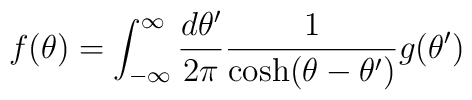
f(\theta)=\int_{-\infty}^{\infty} {d\theta'\over 2\pi} {1\over\cosh(\theta-\theta')}g(\theta')